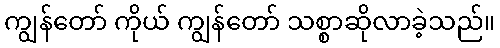
ကျွန်တော် ကိုယ် ကျွန်တော် သစ္စာဆိုလာခဲ့သည်။